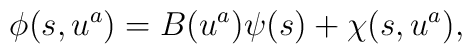
\phi(s, u^a) = B(u^a) \psi(s) + \chi(s, u^a),